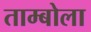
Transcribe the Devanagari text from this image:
ताम्बोला